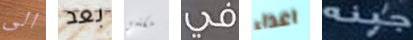
الى بعد مكتبي في اعداء جبنه